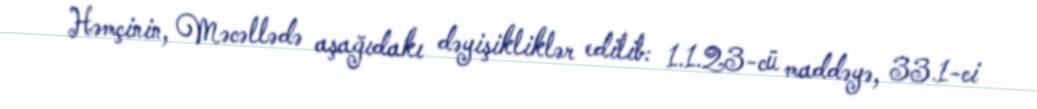
Həmçinin, Məcəllədə aşağıdakı dəyişikliklər edilib: 1.1.23-cü maddəyə, 33.1-ci